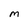
Character: M